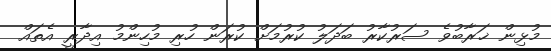
މުޅިން ޚަރާބުވެ ސަރުކާރު ބަދަލު ކުރުމަށް ކުރަން ހުރި މުހިންމު އިދާރީ އެތައް